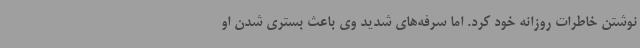
نوشتن خاطرات روزانه خود کرد. اما سرفه‌های شدید وی باعث بستری شدن او